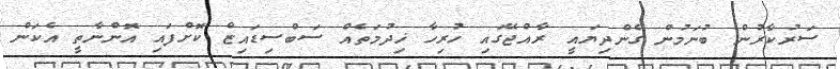
ސަރުކާރުން ބުނަމުން ގެންދިޔައީ ރާއްޖޭގައި ހުރިހާ ޚިދުމަތެއް ސަބްސިޑައިޒް ކޮށްފައި އޮންނާތީ އެކަން